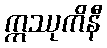
ဣဿုကိနီ